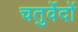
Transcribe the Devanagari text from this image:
चतुर्वेदों